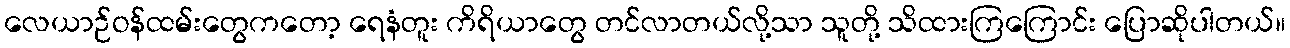
လေယာဉ်ဝန်ထမ်းတွေကတော့ ရေနံတူး ကိရိယာတွေ တင်လာတယ်လို့သာ သူတို့ သိထားကြကြောင်း ပြောဆိုပါတယ်။